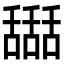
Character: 𦧵